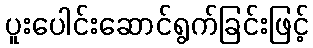
ပူးပေါင်းဆောင်ရွက်ခြင်းဖြင့်